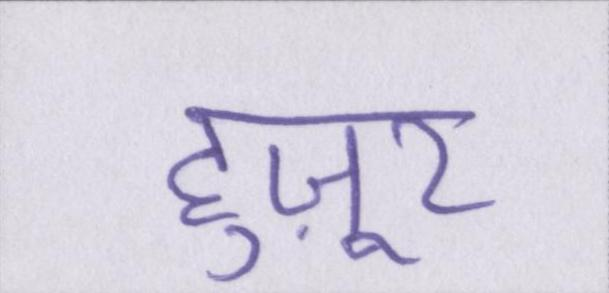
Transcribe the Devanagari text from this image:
हुज़ूर